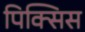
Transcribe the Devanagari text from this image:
पिक्सिस